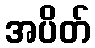
အပိတ်